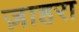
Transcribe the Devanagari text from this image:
ज़ाहरा